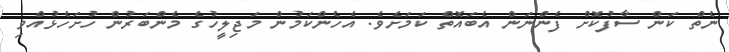
ނެތް ކަން ސާފުކޮށް ފެންނަން އެބައޮތް ކަމަށެވެ. އެހެންކަމުން މަޖިލީހުގެ މެންބަރުން ހުށަހެޅުއްވި